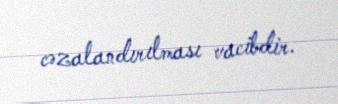
cəzalandırılması vacibdir.